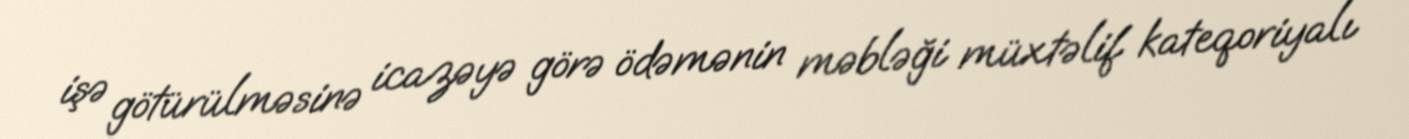
işə götürülməsinə icazəyə görə ödəmənin məbləği müxtəlif kateqoriyalı